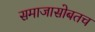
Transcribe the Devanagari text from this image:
समाजासोबतच